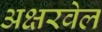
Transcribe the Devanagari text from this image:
अक्षरवेल